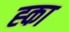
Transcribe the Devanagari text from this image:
ह्का